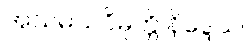
အသမယဝိမုတ္တိ နိဒ္ဒေသ။